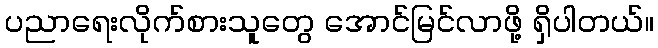
ပညာရေးလိုက်စားသူတွေ အောင်မြင်လာဖို့ ရှိပါတယ်။